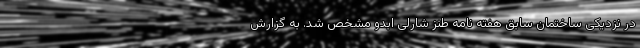
در نزدیکی ساختمان سابق هفته نامه طنز شارلی ابدو مشخص شد. به گزارش